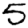
Digit: 5